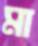
মা